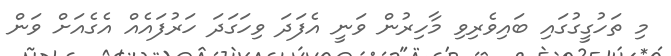
މި ތަހުގީގުގައި ބައިވެރިވި މާހިރުން ވަނީ އެފަދަ ވިހަގަދަ ހަރުފައެއް އެގެއަށް ވަން